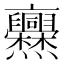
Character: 𠆡